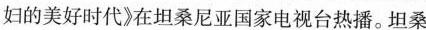
妇的美好时代》在坦桑尼亚国家电视台热播。坦桑